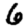
Digit: 6